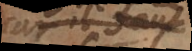
_ il faut